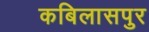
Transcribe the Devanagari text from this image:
कबिलासपुर